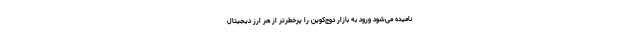
نامیده می‌شود ورود به بازار دوج‌کوین را پرخطرتر از هر ارز دیجیتال